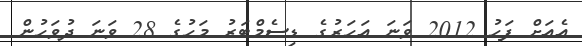
އެއަށް ފަހު 2012 ވަނަ އަހަރުގެ ޑިސެމްބަރު މަހުގެ 28 ވަނަ ދުވަހުން